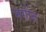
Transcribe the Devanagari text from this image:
मर्गोत